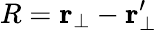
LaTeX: {R}=\mathbf{r}_{\bot}-\mathbf{r}_{\bot}^{\prime}